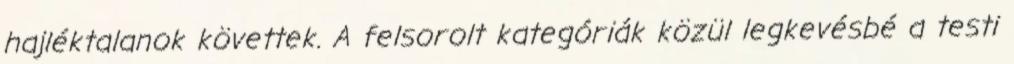
hajléktalanok követtek. A felsorolt kategóriák közül legkevésbé a testi